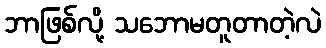
ဘာဖြစ်လို့ သဘောမတူတာတဲ့လဲ